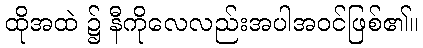
ထိုအထဲ ၌ နီကိုလေလည်းအပါအဝင်ဖြစ်၏။